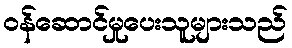
ဝန်ဆောင်မှုပေးသူများသည်